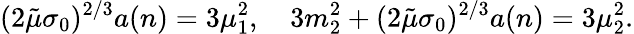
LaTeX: (2\tilde{\mu}\sigma_{0})^{2/3}a(n)=3\mu_{1}^{2},~~~~3m_{2}^{2}+(2\tilde{\mu}\sigma_{0})^{2/3}a(n)=3\mu_{2}^{2}.